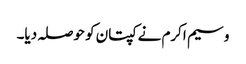
وسیم اکرم نے کپتان کو حوصلہ دیا۔